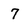
Character: 7